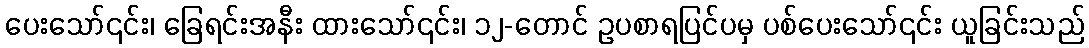
ပေးသော်၎င်း၊ ခြေရင်းအနီး ထားသော်၎င်း၊ ၁၂-တောင် ဥပစာရပြင်ပမှ ပစ်ပေးသော်၎င်း ယူခြင်းသည်